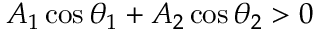
A _ { 1 } \cos \theta _ { 1 } + A _ { 2 } \cos \theta _ { 2 } > 0